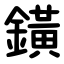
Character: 鐄